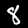
Digit: 8